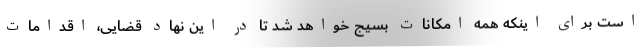
است برای اینکه همه امکانات بسیج خواهد شد تا در این نهاد قضایی، اقدامات